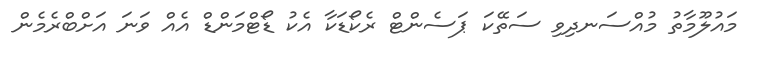
މައުލޫމާތު މުއްސަނދިވި ސަތޭކަ ޕަސެންޓް ރެކޯޑަކާ އެކު ޑޯޓްމަންޑް އެއް ވަނަ އަށްބްރެމެން